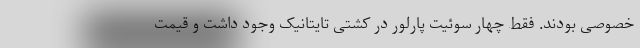
خصوصی بودند. فقط چهار سوئیت پارلور در کشتی تایتانیک وجود داشت و قیمت